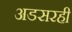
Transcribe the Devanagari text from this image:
अडसरही